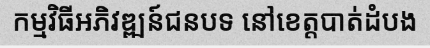
កម្មវិធីអភិវឌ្ឍន៍ជនបទ នៅខេត្តបាត់ដំបង